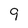
Character: 9